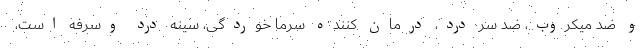
و ضد میکروب، ضد سر درد، درمان کننده سرما خوردگی، سینه درد وسرفه است،